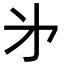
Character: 㐧